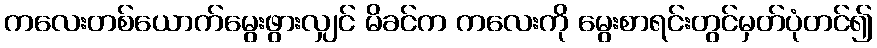
ကလေးတစ်ယောက်မွေးဖွားလျှင် မိခင်က ကလေးကို မွေးစာရင်းတွင်မှတ်ပုံတင်၍